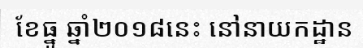
ខែធ្នូ ឆ្នាំ២០១៨នេះ នៅនាយកដ្ឋាន